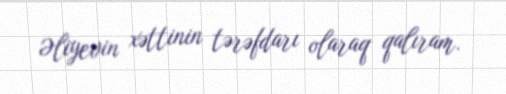
Əliyevin xəttinin tərəfdarı olaraq qalıram.